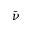
\bar { \nu }